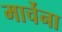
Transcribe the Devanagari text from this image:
मार्चेना